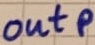
Text: outp